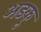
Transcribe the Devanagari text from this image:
अडकू